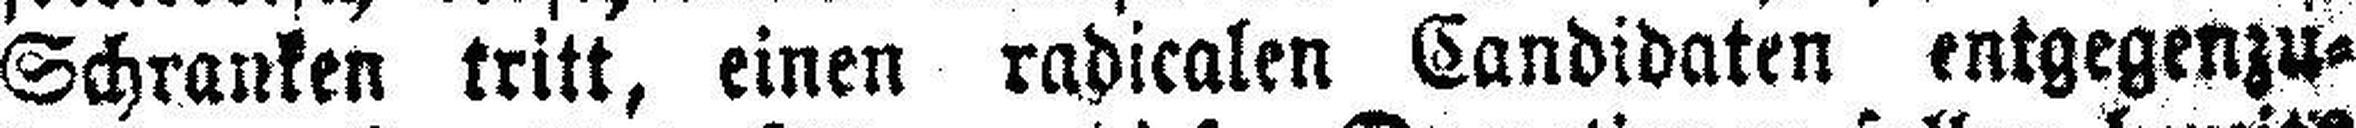
Schranken tritt, einen radicalen Candidaten entgegenzu¬